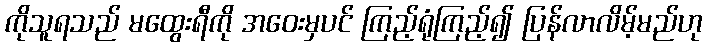
ကိုသူရသည် မထွေးရီကို အဝေးမှပင် ကြည့်ရုံကြည့်၍ ပြန်လာလိမ့်မည်ဟု